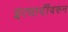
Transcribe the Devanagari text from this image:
इत्यादींवरुन